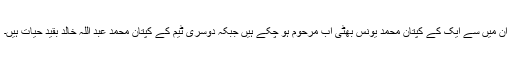
ان میں سے ایک کے کپتان محمد یونس بھٹی اب مرحوم ہو چکے ہیں جبکہ دوسری ٹیم کے کپتان محمد عبد اللہ خالد بقید حیات ہیں۔